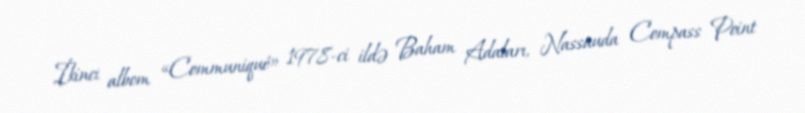
İkinci albom «Communiqué» 1978-ci ildə Baham Adaları, Nassauda Compass Point